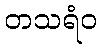
တသရံဝ